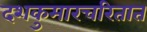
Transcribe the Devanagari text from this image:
दशकुमारचरितात